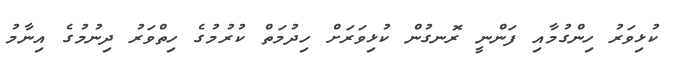
ކުޅިވަރު ހިންގުމާއި ފަންނީ ރޮނގުން ކުޅިވަރަށް ހިދުމަތް ކުރުމުގެ ހިތްވަރު ދިނުމުގެ އިނާމު